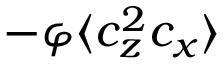
- \varphi \langle c _ { z } ^ { 2 } c _ { x } \rangle